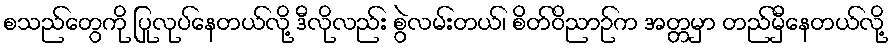
စသည်တွေကို ပြုလုပ်နေတယ်လို့ ဒီလိုလည်း စွဲလမ်းတယ်၊ စိတ်ဝိညာဉ်က အတ္တမှာ တည်မှီနေတယ်လို့